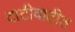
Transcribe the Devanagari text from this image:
दाटीवाटीत